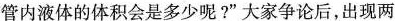
管内液体的体积会是多少呢?”大家争论后，出现两